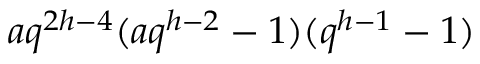
a q ^ { 2 h - 4 } ( a q ^ { h - 2 } - 1 ) ( q ^ { h - 1 } - 1 )